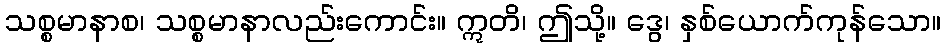
သစ္စမာနာစ၊ သစ္စမာနာလည်းကောင်း။ ဣတိ၊ ဤသို့။ ဒွေ၊ နှစ်ယောက်ကုန်သော။